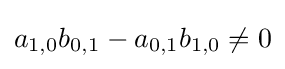
a_{1,0}b_{0,1}-a_{0,1}b_{1,0}\neq 0